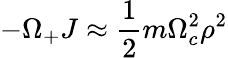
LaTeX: -\Omega_{+}J\approx\frac{1}{2}m\Omega_{c}^{2}\rho^{2}